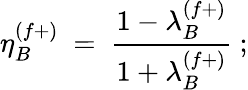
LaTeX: \eta_{B}^{(f+)}\ =\ \frac{1-\lambda_{B}^{(f+)}}{1+\lambda_{B}^{(f+)}}\ ;